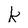
Character: k